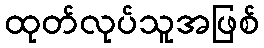
ထုတ်လုပ်သူအဖြစ်